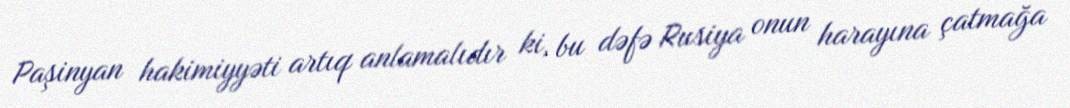
Paşinyan hakimiyyəti artıq anlamalıdır ki, bu dəfə Rusiya onun harayına çatmağa